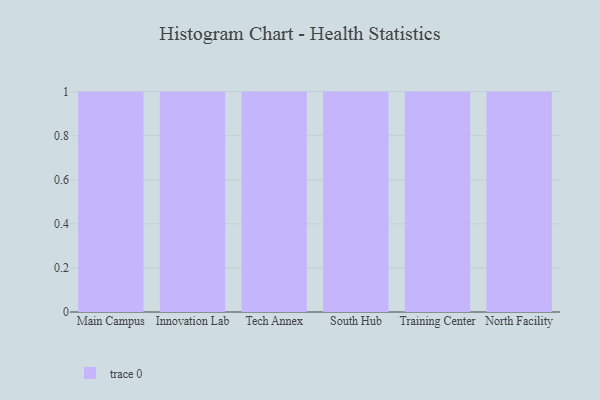
{"axis": {"x": "Campus", "y": "Satisfaction Score"}, "legend": [""], "data": [{"x": "Main Campus", "y": 85, "type": ""}, {"x": "Innovation Lab", "y": 58, "type": ""}, {"x": "Tech Annex", "y": 93, "type": ""}, {"x": "South Hub", "y": 36, "type": ""}, {"x": "Training Center", "y": 88, "type": ""}, {"x": "North Facility", "y": 50, "type": ""}]}